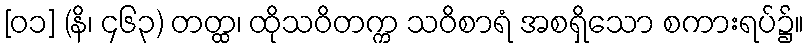
[၀၁] (နိ၊ ၄၆၃) တတ္ထ၊ ထိုသဝိတက္က သဝိစာရံ အစရှိသော စကားရပ်၌။